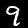
Digit: 9